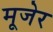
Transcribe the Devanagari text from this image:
मूजेर